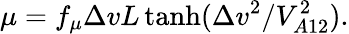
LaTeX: \mu=f_{\mu}\Delta vL\operatorname{tanh}(\Delta v^{2}/V_{A12}^{2}).